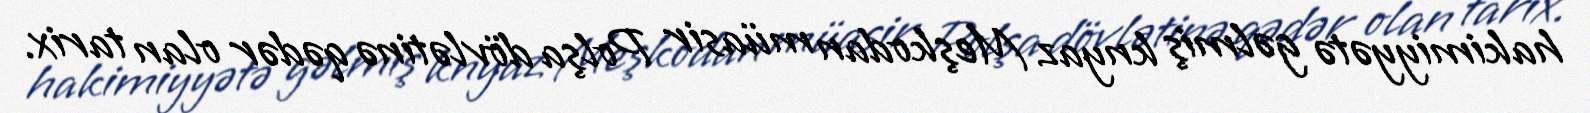
hakimiyyətə gəlmiş knyaz Meşkodan müasir Polşa dövlətinə qədər olan tarix.